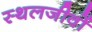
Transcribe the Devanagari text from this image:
स्थलजीवों